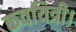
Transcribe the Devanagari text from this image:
कवयित्री।